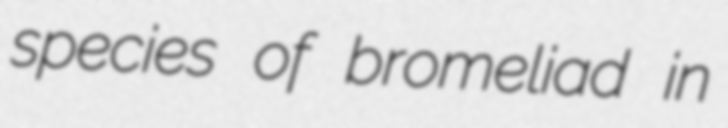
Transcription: species of bromeliad in